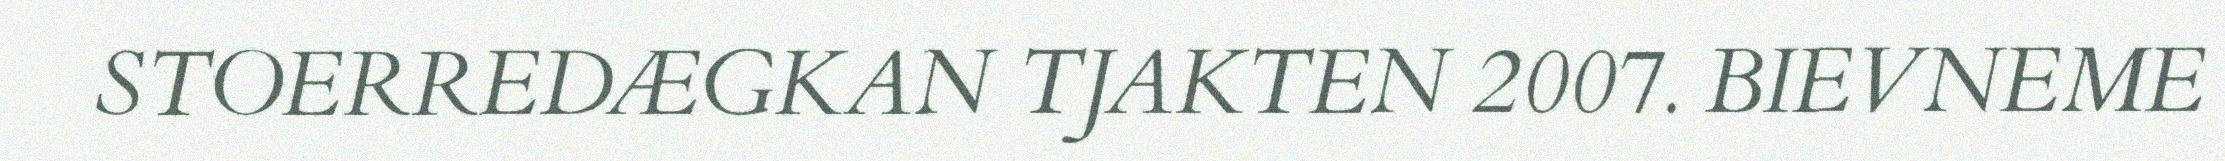
STOERREDÆGKAN TJAKTEN 2007. BIEVNEME